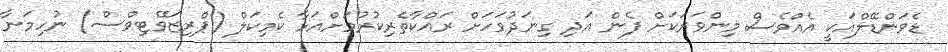
ޑެވަންޑޭލްއަކީ އެއްވެސް މިންވަރަކަށް ފެން އަދި ގިނަދުވަހަށް ރައްކާތެރިކުރުމަށްއަޅާ ކެމިކަލް (ޕްރިޒަވޭޓިވްސް) ނުހިމަނާ